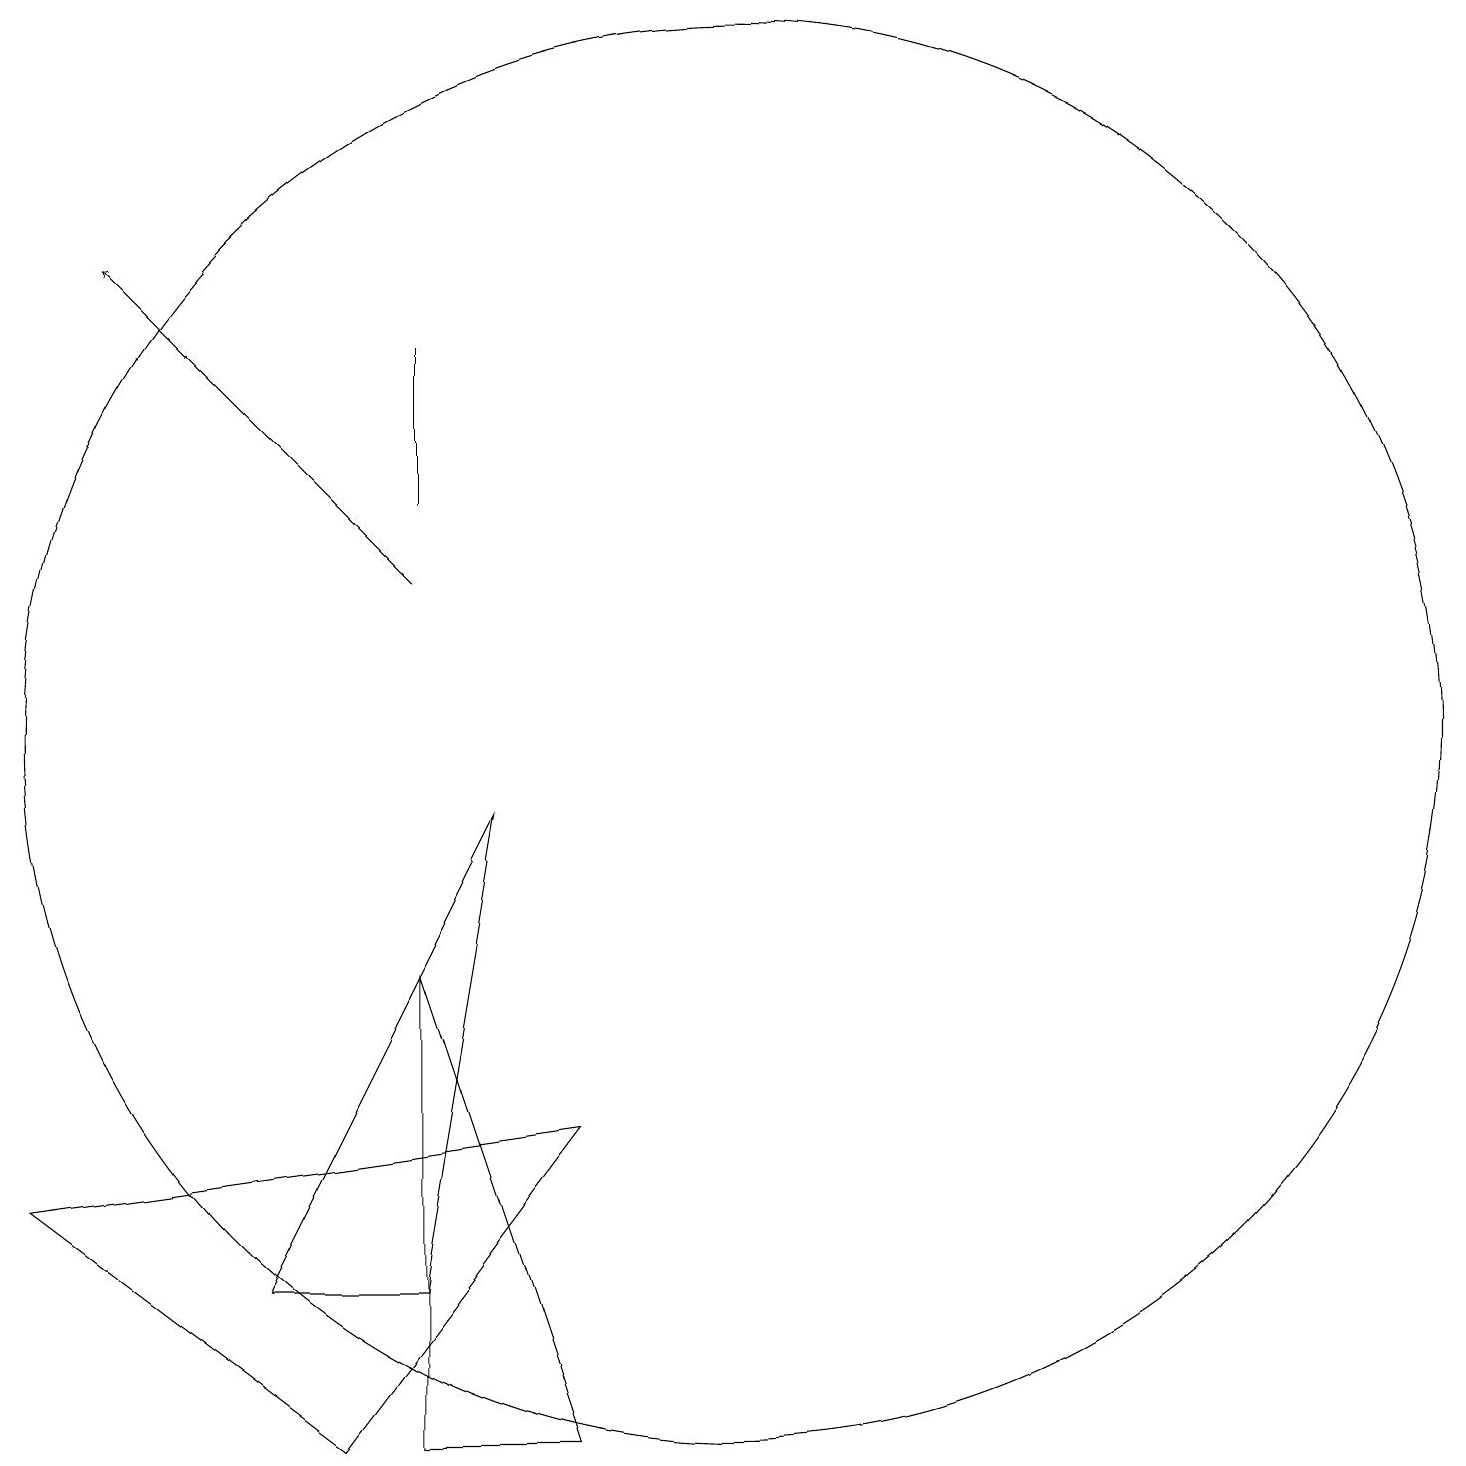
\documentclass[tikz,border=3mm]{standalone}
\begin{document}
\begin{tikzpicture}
\draw (7,13) rectangle (7,15);
\draw (7,7) -- (7,1) -- (9,1) -- cycle;
\draw[->] (7,12) -- (3,16);
\draw (6,1) -- (9,5) -- (2,4) -- cycle;
\draw (8,9) -- (5,3) -- (7,3) -- cycle;
\draw (11,10) circle (9);
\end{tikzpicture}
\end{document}